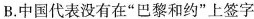
B.中国代表没有在”巴黎和约”上签字